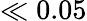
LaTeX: \ll 0.05